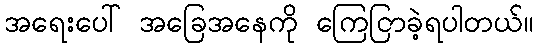
အရေးပေါ် အခြေအနေကို ကြေငြာခဲ့ရပါတယ်။